Civil Veterinary Department. United Provinces 1912-22 - 1912-1922
Year: 1912
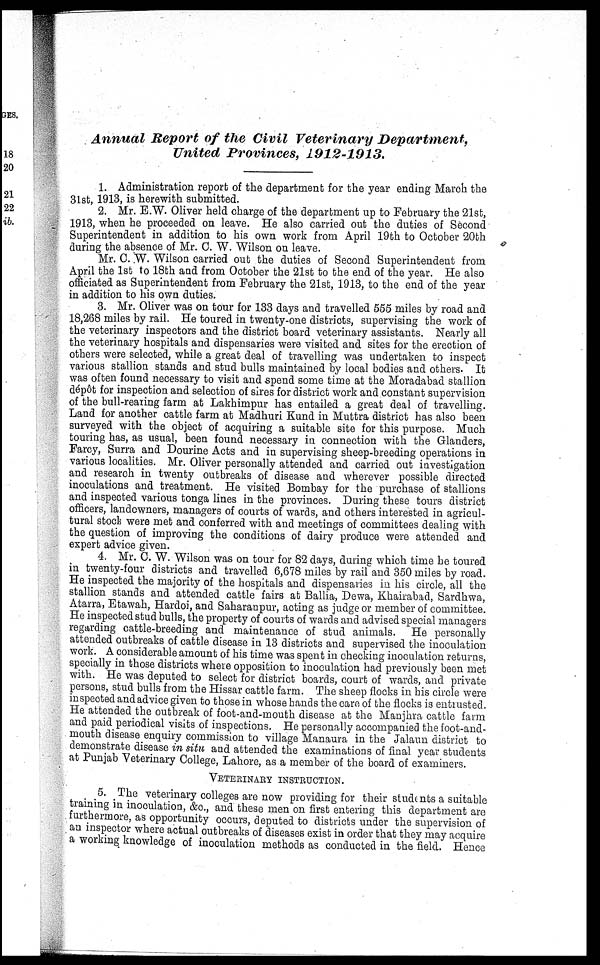
Annual Report of the Civil Veterinary
Department,
United Provinces,
1912-1913.
1. Administration report of the department for the year ending March the
31st, 1913, is herewith submitted.
2. Mr. E.W. Oliver held charge of the department up to February the 21st,
1913, when he proceeded on leave. He also carried out the duties of Second
Superintendent in addition to his own work from April 19th to October 20th
during the absence of Mr. C. W. Wilson on leave.
Mr. C. W. Wilson carried out the duties of Second Superintendent from
April the 1st to 18th and from October the 21st to the end of the year. He also
officiated as Superintendent from February the 21st, 1913, to the end of the year
in addition to his own duties.
3. Mr. Oliver was on tour for 133 days and travelled 555 miles by road and
18,268 miles by rail. He toured in twenty-one districts, supervising the work of
the veterinary inspectors and the district board veterinary assistants. Nearly all
the veterinary hospitals and dispensaries were visited and sites for the erection of
others were selected, while a great deal of travelling was undertaken to inspect
various stallion stands and stud bulls maintained by local bodies and others. It
was often found necessary to visit and spend some time at the Moradabad stallion
depôt for inspection and selection of sires for district work and constant supervision
of the bull-rearing farm at Lakhimpur has entailed a great deal of travelling.
Land for another cattle farm at Madhuri Kund in Muttra district has also been
surveyed with the object of acquiring a suitable site for this purpose. Much
touring has, as usual, been found necessary in connection with the Glanders,
Farcy, Surra and Dourine Acts and in supervising sheep-breeding operations in
various localities. Mr. Oliver personally attended and carried out investigation
and research in twenty outbreaks of disease and wherever possible directed
inoculations and treatment. He visited Bombay for the purchase of stallions
and inspected various tonga lines in the provinces. During these tours district
officers, landowners, managers of courts of wards, and others interested in agricul-
tural stock were met and conferred with and meetings of committees dealing with
the question of improving the conditions of dairy produce were attended and
expert advice given.
4. Mr. C. W. Wilson was on tour for 82 days, during which time he toured
in twenty-four districts and travelled 6,678 miles by rail and 350 miles by road.
He inspected the majority of the hospitals and dispensaries in his circle, all the
stallion stands and attended cattle fairs at Ballia, Dewa, Khairabad, Sardhwa,
Atarra, Etawah, Hardoi, and Saharanpur, acting as judge or member of committee.
He inspected stud bulls, the property of courts of wards and advised special managers
regarding cattle-breeding and maintenance of stud animals. He personally
attended outbreaks of cattle disease in 13 districts and supervised the inoculation
work. A considerable amount of his time was spent in checking inoculation returns,
specially in those districts where opposition to inoculation had previously been met
with. He was deputed to select for district boards, court of wards, and private
persons, stud bulls from the Hissar cattle farm. The sheep flocks in his circle were
inspected and advice given to those in whose hands the care of the flocks is entrusted.
He attended the outbreak of foot-and-mouth disease at the Manjhra cattle farm
and paid periodical visits of inspections. He personally accompanied the foot-and-
mouth disease enquiry commission to village Manaura in the Jalaun district to
demonstrate disease in situ and attended the examinations of final year students
at Punjab Veterinary College, Lahore, as a member of the board of examiners.
VETERINARY INSTRUCTION.
5. The veterinary colleges are now providing for their students a suitable
training in inoculation, &c., and these men on first entering this department are
furthermore, as opportunity occurs, deputed to districts under the supervision of
an inspector where actual outbreaks of diseases exist in order that they may acquire
a working knowledge of inoculation methods as conducted in the field. Hence